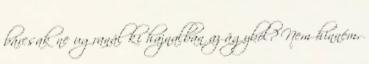
bárcsak ne ugranál ki hajnalban az ágyból? Nem hinném,